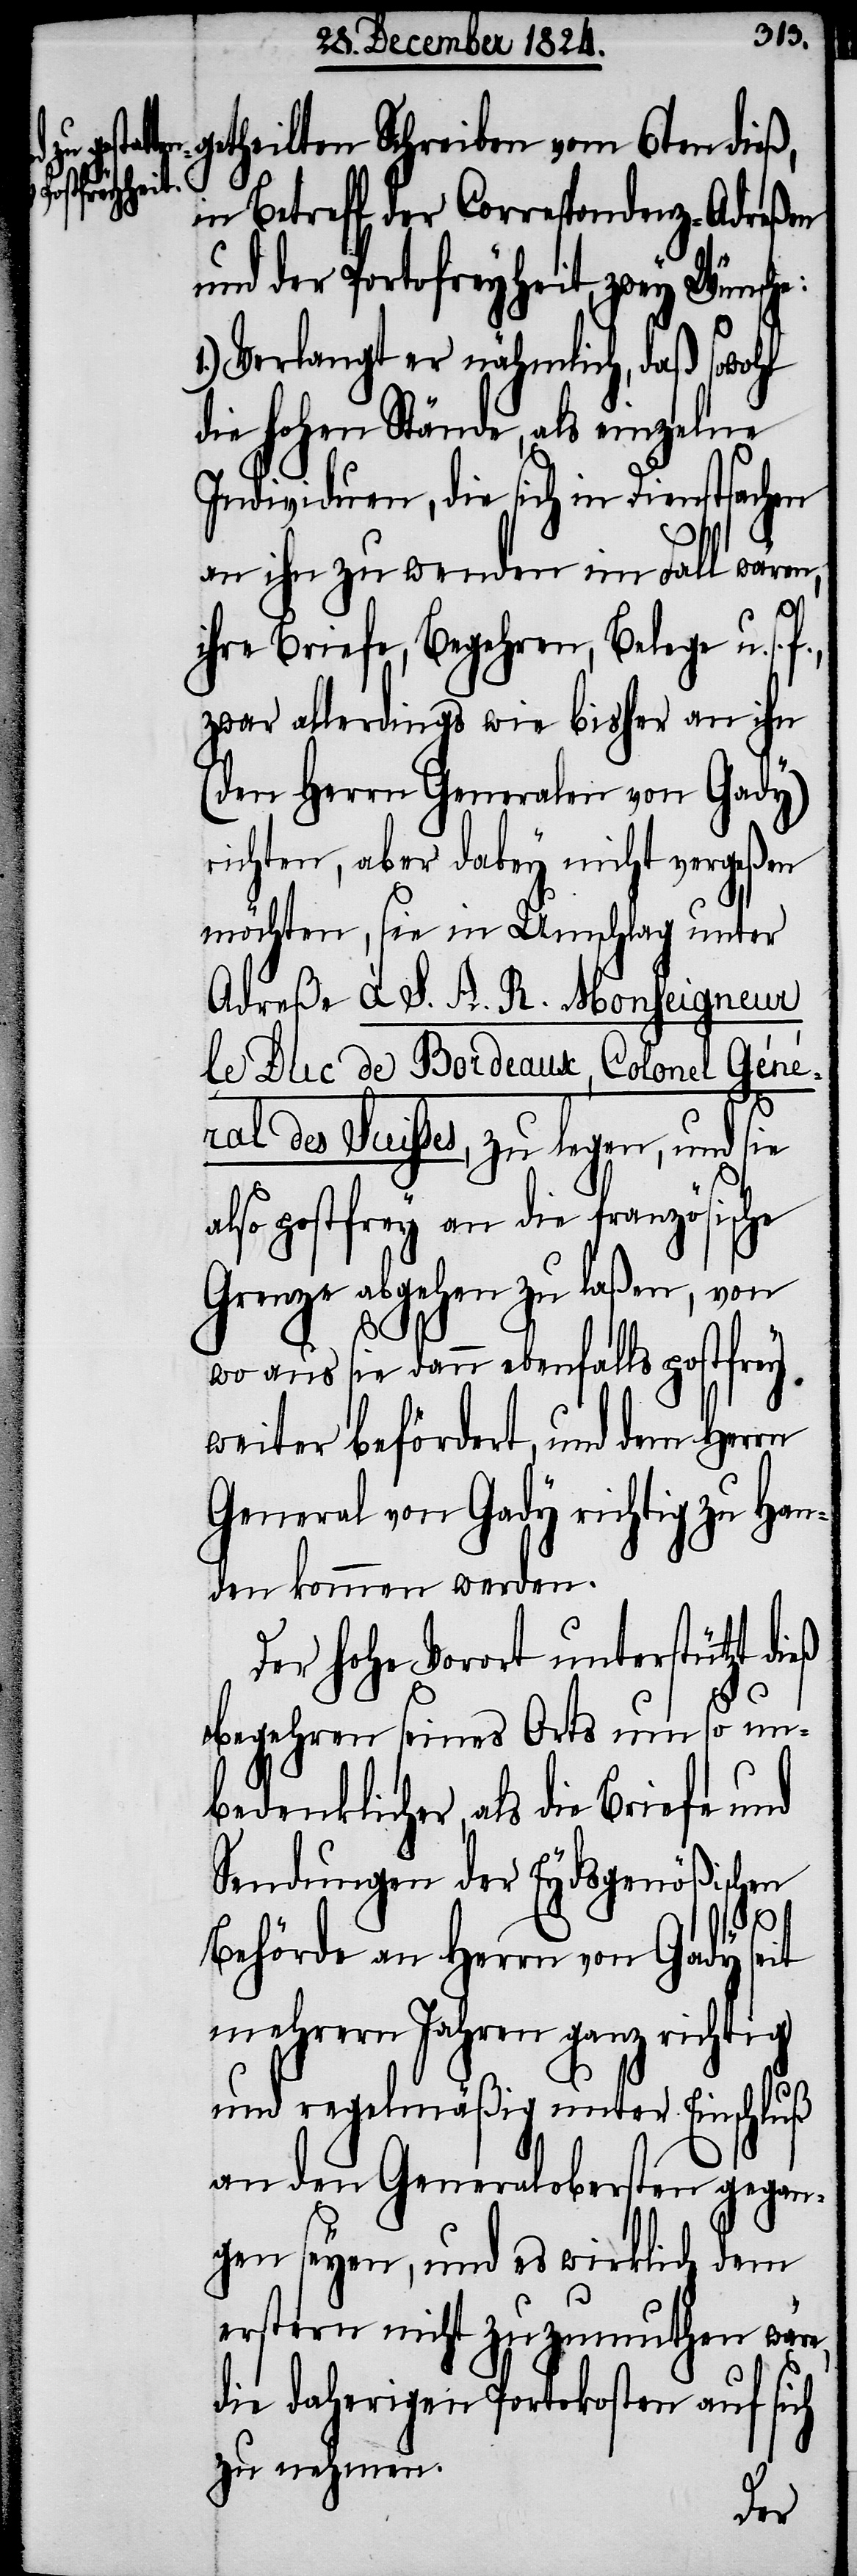
getheilten Schreiben vom 6ten dieß,
in Betreff der Correspondenz-Adreßen
und der Portofreyheit, zwey Wünsche:
Verlangt er nähmlich, daß sowohl
die hohen Stände, als einzelne
Individuen, die sich in Dienstsachen
an ihn zu wenden im Fall wären,
ihre Briefe, Begehren, Belege u.
zwar allerdings wie bisher an ihn
(den Herrn Generalen von Gady)
richten, aber dabey nicht vergeßen
möchten, sie in Umschlag unter
Adreße à S. A. R. Monseigneur
le Duc de Bordeaux, Colonel Géné¬
ral des Suisses, zu legen, und sie
also postfrey an die französische
Grenze abgehen zu laßen, von
wo aus sie dann ebenfalls postfrey
weiter beförderte, und dem Herrn
General von Gady richtig zu Han¬
den kommen werden.
Der hohe Vorort unterstützt dieß
Begehren seines Orts um so un¬
bedenklicher, als die Briefe und
Sendungen der Eydsgenößischen
s. f.,
Behörde an Herrn von Gady seit
mehrern Jahren ganz richtig
und regelmäßig unter Einschluß
an den Generalobersten gegan¬
gen seyen, und es wirklich dem
erstern nicht zuzumuthen wäre,
die daherigen Portokosten auf sich
zu nehmen.